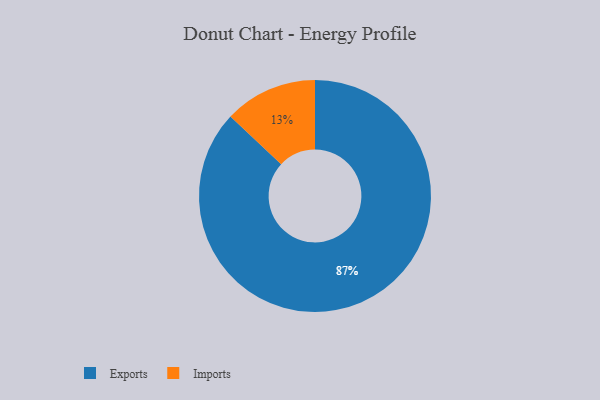
{"axis": {"x": "Category", "y": "Percentage"}, "legend": ["Exports", "Imports"], "data": [{"x": "Imports", "y": 13, "type": "Imports"}, {"x": "Exports", "y": 87, "type": "Exports"}]}